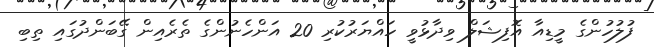
ފުލުހުންގެ މީޑިއާ އޮފިޝަލް ވިދާޅުވީ ހައްޔަރުކުރި 20 އަންހެނުންގެ ތެރެއިން ގޭބަންދުގައި ތިބި